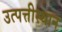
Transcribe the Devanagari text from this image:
उत्पत्तीस्थान